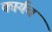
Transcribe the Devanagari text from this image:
कार्यच